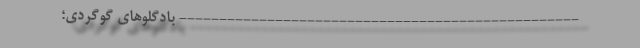
-------------------------------------------------- بادگلوهای گوگردی؛